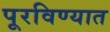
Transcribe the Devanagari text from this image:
पूरविण्यात